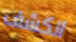
انكشف